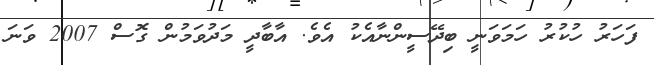
ފަހަރު ހުކުރު ހަމަވަނީ ބިދޭސީންނާއެކު އެވެ. އާބާދީ މަދުވަމުން ގޮސް 2007 ވަނަ